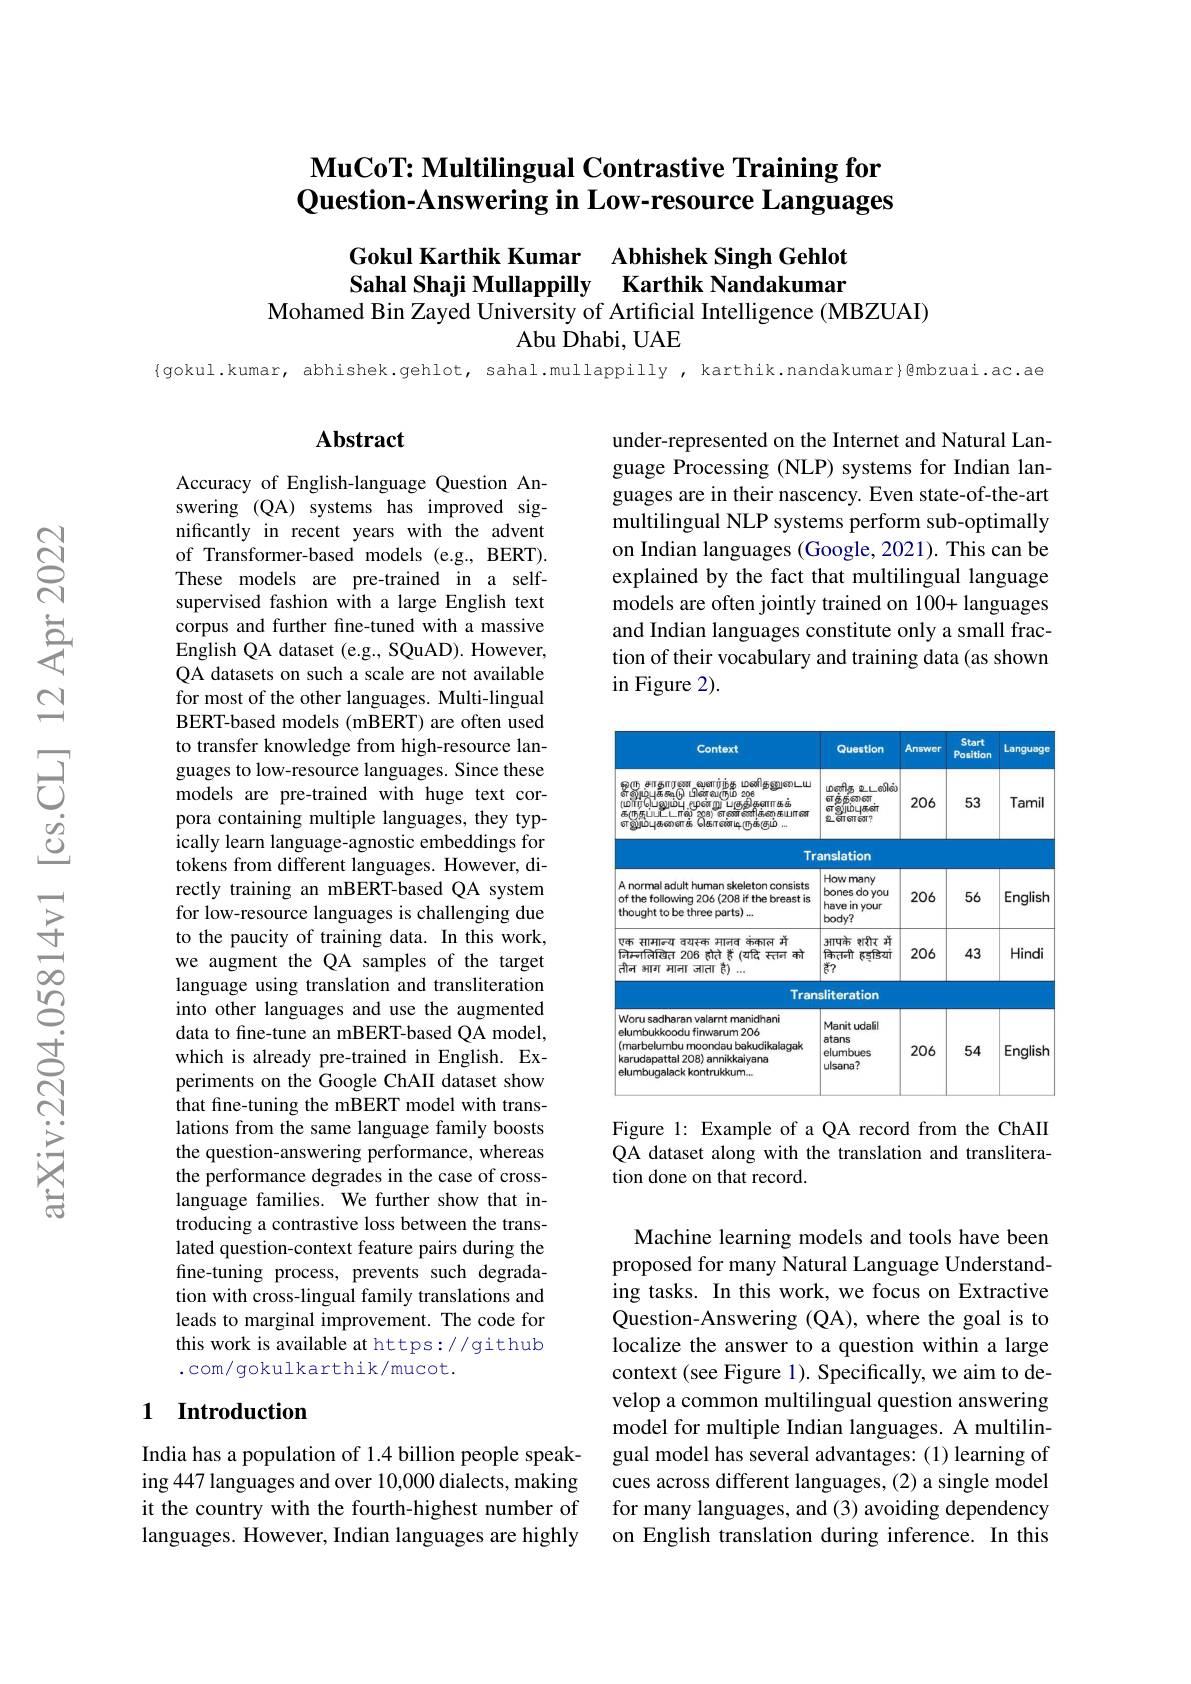
## $\textbf{MuCoT: Multilingual Contrastive Training for}$ Question-Answering in Low-resource Languages

Gokul Karthik Kumar
Abhishek Singh Gehlot Karthik Nandakumar
Sahal Shaji Mullappilly
Mohamed Bin Zayed University of Artificial Intelligence (MBZUAI)
Abu Dhabi, UAE

{gokul.kumar, abhishek.gehlot, sahal.mullappilly, karthik.nandakumar}@mbzuai.ac.ae

## Abstract

under-represented on the Internet and Natural Language Processing (NLP) systems for Indian languages are in their nascency. Even state-of-the-art multilingual NLP systems perform sub-optimally on Indian languages (Google, 2021). This can be explained by the fact that multilingual language models are often jointly trained on 100+ languages and Indian languages constitute only a small fraction of their vocabulary and training data (as shown in Figure 2).

<table>
	<tbody>
		<tr>
			<th>Context</th>
			<th>Question</th>
			<th>Answer</th>
			<th>Start Position</th>
			<th>Language</th>
		</tr>
		<tr>
			<td>$6g(TF)$ $F$ சாதாரண வளர்ந்த $\textcircled{1}$ மணிதலுடைய $ప్రేత్యుల్కుత్తుం$ 91600208 மர்ர்பெலும்பு.சுன்று புதிதளாகக் கருகுப்ட்டால் হু৪) ঁளணனிக்ஞைசயான எலும்புகனைக் கொள்டிருக்சும் </td>
			<td>மஞாந $ഉപലിનં$ ज़क़ॅक़क़ा बजा Sejjuàபுகள் GT உளளன?</td>
			<td>206</td>
			<td>53</td>
			<td>Tamil</td>
		</tr>
		<tr>
			<td>Tr</td>
			<td>anslation</td>
			<td> </td>
			<td> </td>
			<td> </td>
		</tr>
		<tr>
			<td>A normal adult human skeleton consists of the following 206(208 if the breast is thought to be three parts) ...</td>
			<td>How many do you bones have in your $body?$</td>
			<td>206</td>
			<td>56</td>
			<td>English</td>
		</tr>
		<tr>
			<td>एक सामान्य वयस्क माजव कंकाल में निम्नतिखित 206 होते ैै (यदि स्तन को तीन आग माना जाता है) 111112</td>
			<td>$आपके$ হায়ীব স্রি $कितनी$ $हड़डियां$ 菅？</td>
			<td>206</td>
			<td>43</td>
			<td>Hindi</td>
		</tr>
		<tr>
			<td>Tran</td>
			<td>sliteration</td>
			<td> </td>
			<td> </td>
			<td> </td>
		</tr>
		<tr>
			<td>Woru sadharan valarnt manidhani elumbukkoodu fimwanum 206 $(marbelumbu~moondau~bakudikalagak$ karudapattal 208) annikkaiyana elumbuaalack kontrukkum.</td>
			<td>Manit udahl atans elumbues ulsana?</td>
			<td>206</td>
			<td>54</td>
			<td>English</td>
		</tr>
	</tbody>
</table>

Accuracy of English-language Question Answering (QA) systems has improved significantly in recent years with the advent of Transformer-based models (e.g., BERT). These models are pre-trained in a selfsupervised fashion with a large English text corpus and further fine-tuned with a massive English QA dataset (e.g., SQuAD). However, QA datasets on such a scale are not available for most of the other languages. Multi-lingual BERT-based models (mBERT) are often used to transfer knowledge from high-resource languages to low-resource languages. Since these models are pre-trained with huge text corpora containing multiple languages, they typically learn language-agnostic embeddings for tokens from different languages. However, directly training an mBERT-based QA system for low-resource languages is challenging due to the paucity of training data. In this work, we augment the QA samples of the target language using translation and transliteration into other languages and use the augmented data to fine-tune an mBERT-based QA model, which is already pre-trained in English. Experiments on the Google ChAII dataset show that fine-tuning the mBERT model with translations from the same language family boosts the question-answering performance, whereas the performance degrades in the case of crosslanguage families. We further show that introducing a contrastive loss between the translated question-context feature pairs during the fine-tuning process, prevents such degradation with cross-lingual family translations and leads to marginal improvement. The code for this work is available at https://github .com/ gokulkarthik/mucot.

Figure 1: Example of aQA record from the ChAII QA dataset along with the translation and transliteration done on that record.

Machine learning models and tools have been proposed for many Natural Language Understanding tasks. In this work, we focus on Extractive Question-Answering (QA), where the goal is to localize the answer to a question within a large context(see Figure 1). Specifically, we aim to develop a common multilingual question answering model for multiple Indian languages. A multilingual model has several advantages: (1) learning of cues across different languages, (2) a single model for many languages, and (3) avoiding dependency on English translation during inference. In this

## 1 Introduction

India has a population of 1.4 billion people speaking 447 languages and over 10,000 dialects, making it the country with the fourth-highest number of languages. However, Indian languages are highly